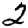
Digit: 2